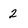
Character: 2